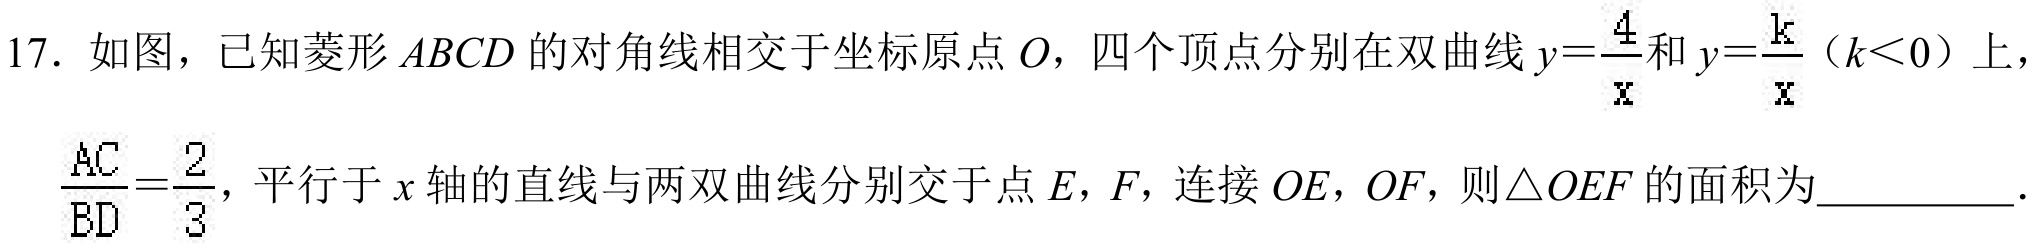
17. 如图，已知菱形\(ABCD\)的对角线相交于坐标原点\(O\)，四个顶点分别在双曲线\(y = \frac{4}{x}\)和\(y = \frac{k}{x}\)（\(k<0\)）上，\(\frac{AC}{BD}=\frac{2}{3}\)，平行于\(x\)轴的直线与两双曲线分别交于点\(E，F\)，连接\(OE，OF\)，则\(\triangle OEF\)的面积为__________．